Reports on military cantonments and civil stations in the Presidency of Bombay inspected by the Sanitary Commissioner in the years 1875 and 1876
Year: 1875
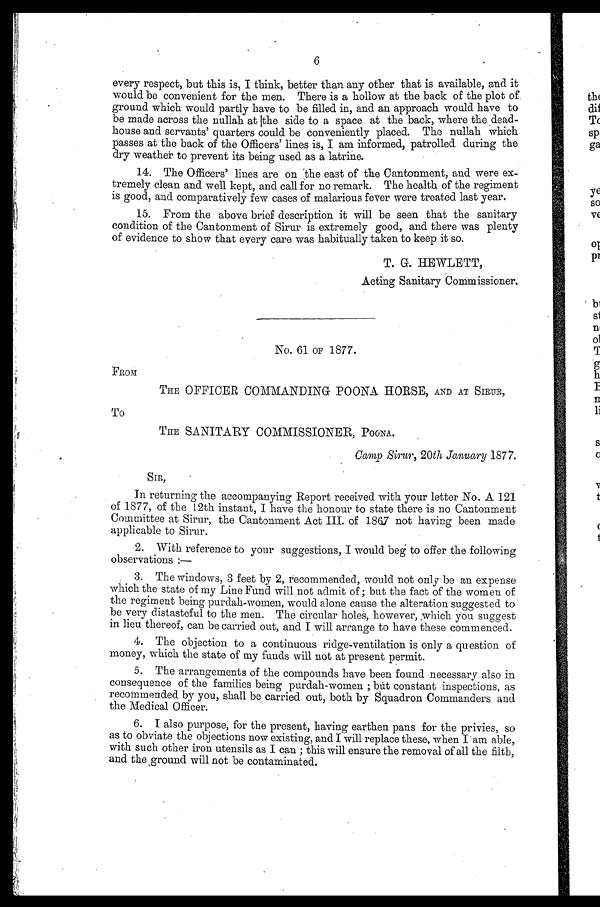
6
every respect, but this is, I think, better than any other that is available, and it
would be convenient for the men. There is a hollow at the back of the plot of
ground which would partly have to be filled in, and an approach would have to
be made across the nullah at the side to a space at the back, where the dead-
house and servants' quarters could be conveniently placed. The nullah which
passes at the back of the Officers' lines is, I am informed, patrolled during the
dry weather to prevent its being used as a latrine.
14. The Officers' lines are on the east of the Cantonment, and were ex-
tremely clean and well kept, and call for no remark. The health of the regiment
is good, and comparatively few cases of malarious fever were treated last year.
15. From the above brief description it will be seen that the sanitary
condition of the Cantonment of Sirur is extremely good, and there was plenty
of evidence to show that every care was habitually taken to keep it so.
T. G. HEWLETT,
Acting Sanitary Commissioner,
No. 61 OF 1877.
FROM
THE OFFICER COMMANDING POONA HORSE, AND AT SIRUR,
To
THE SANITARY COMMISSIONER, POONA.
Camp Sirur, 20th January 1877.
In returning the accompanying Report received with your letter No. A 121
of 1877, of the 12th instant, I have the honour to state there is no Cantonment
Committee at Sirur, the Cantonment Act III. of 1867 not having been made
applicable to Sirur.
2. With reference to your suggestions, I would beg to offer the following
observations:—
3. The windows, 3 feet by 2, recommended, would not only be an expense
which the state of my Line Fund will not admit of ; but the fact of the women of
the regiment being purdah-women, would alone cause the alteration suggested to
be very distasteful to the men. The circular holes, however, which you suggest
in lieu thereof, can be carried out, and I will arrange to have these commenced.
4. The objection to a continuous ridge-ventilation is only a question of
money, which the state of my funds will not at present permit.
5. The arrangements of the compounds have been found necessary also in
consequence of the families being purdah-women ; but constant inspections, as
recommended by you, shall be carried out, both by Squadron Commanders and
the Medical Officer.
6. I also purpose, for the present, having earthen pans for the privies, so
as to obviate the objections now existing, and I will replace these, when I am able,
with such other iron utensils as I can ; this will ensure the removal of all the filth,
and the ground will not be contaminated.